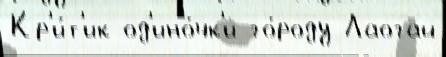
Кр'и́т'ик од'ино́чк'и го́роду Лаогай